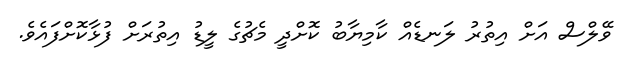
ވޭލްސް އަށް އިތުރު ލަނޑެއް ކާމިޔާބު ކޮށްދީ މެޗުގެ ލީޑު އިތުރަށް ފުޅާކޮށްފައެވެ.